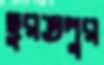
ছুরতপুর